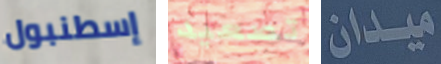
إسطنبول تصعيد ميدان